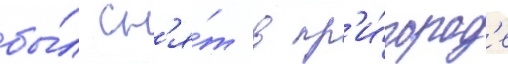
бы́л сн'я́т в пр'и́город'е